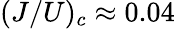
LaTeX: (J/U)_{c}\approx 0.04